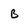
Character: B